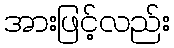
အားဖြင့်လည်း